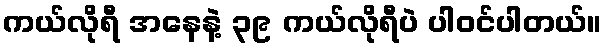
ကယ်လိုရီ အနေနဲ့ ၃၉ ကယ်လိုရီပဲ ပါ၀င်ပါတယ်။